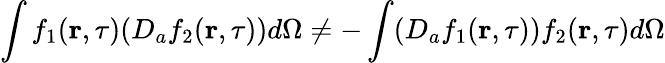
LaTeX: \int f_{1}({\mathbf r},\tau)(D_{a}f_{2}({\mathbf r},\tau))d\Omega\neq-\int(D_{a}f_{1}({\mathbf r},\tau))f_{2}({\mathbf r},\tau)d\Omega